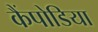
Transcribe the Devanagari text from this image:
कैंपोडिया